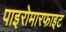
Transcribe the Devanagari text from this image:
पाइरोमारफाइट